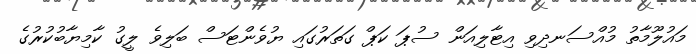
މައުލޫމާތު މުއްސަނދިވި އިޓާލިއަން ސުޕަ ކަޕް ގަތަރުގައި ޔުވެންޓަސް ބަލިވެ ލީގު ކާމިޔާބުކުރުގެ